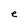
Character: e